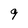
Character: 9